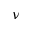
\nu